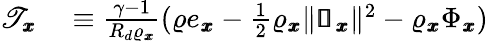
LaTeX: \begin{array}{rl}{\mathscr{T}_{\pmb{x}}}&{{}\equiv\frac{\gamma-1}{R_{d}\varrho_{\pmb{x}}}(\varrho e_{\pmb{x}}-\frac{1}{2}\varrho_{\pmb{x}}\| \pmb{\mathscr{u}}_{\pmb{x}}\| ^{2}-\varrho_{\pmb{x}}\Phi_{\pmb{x}})}\end{array}